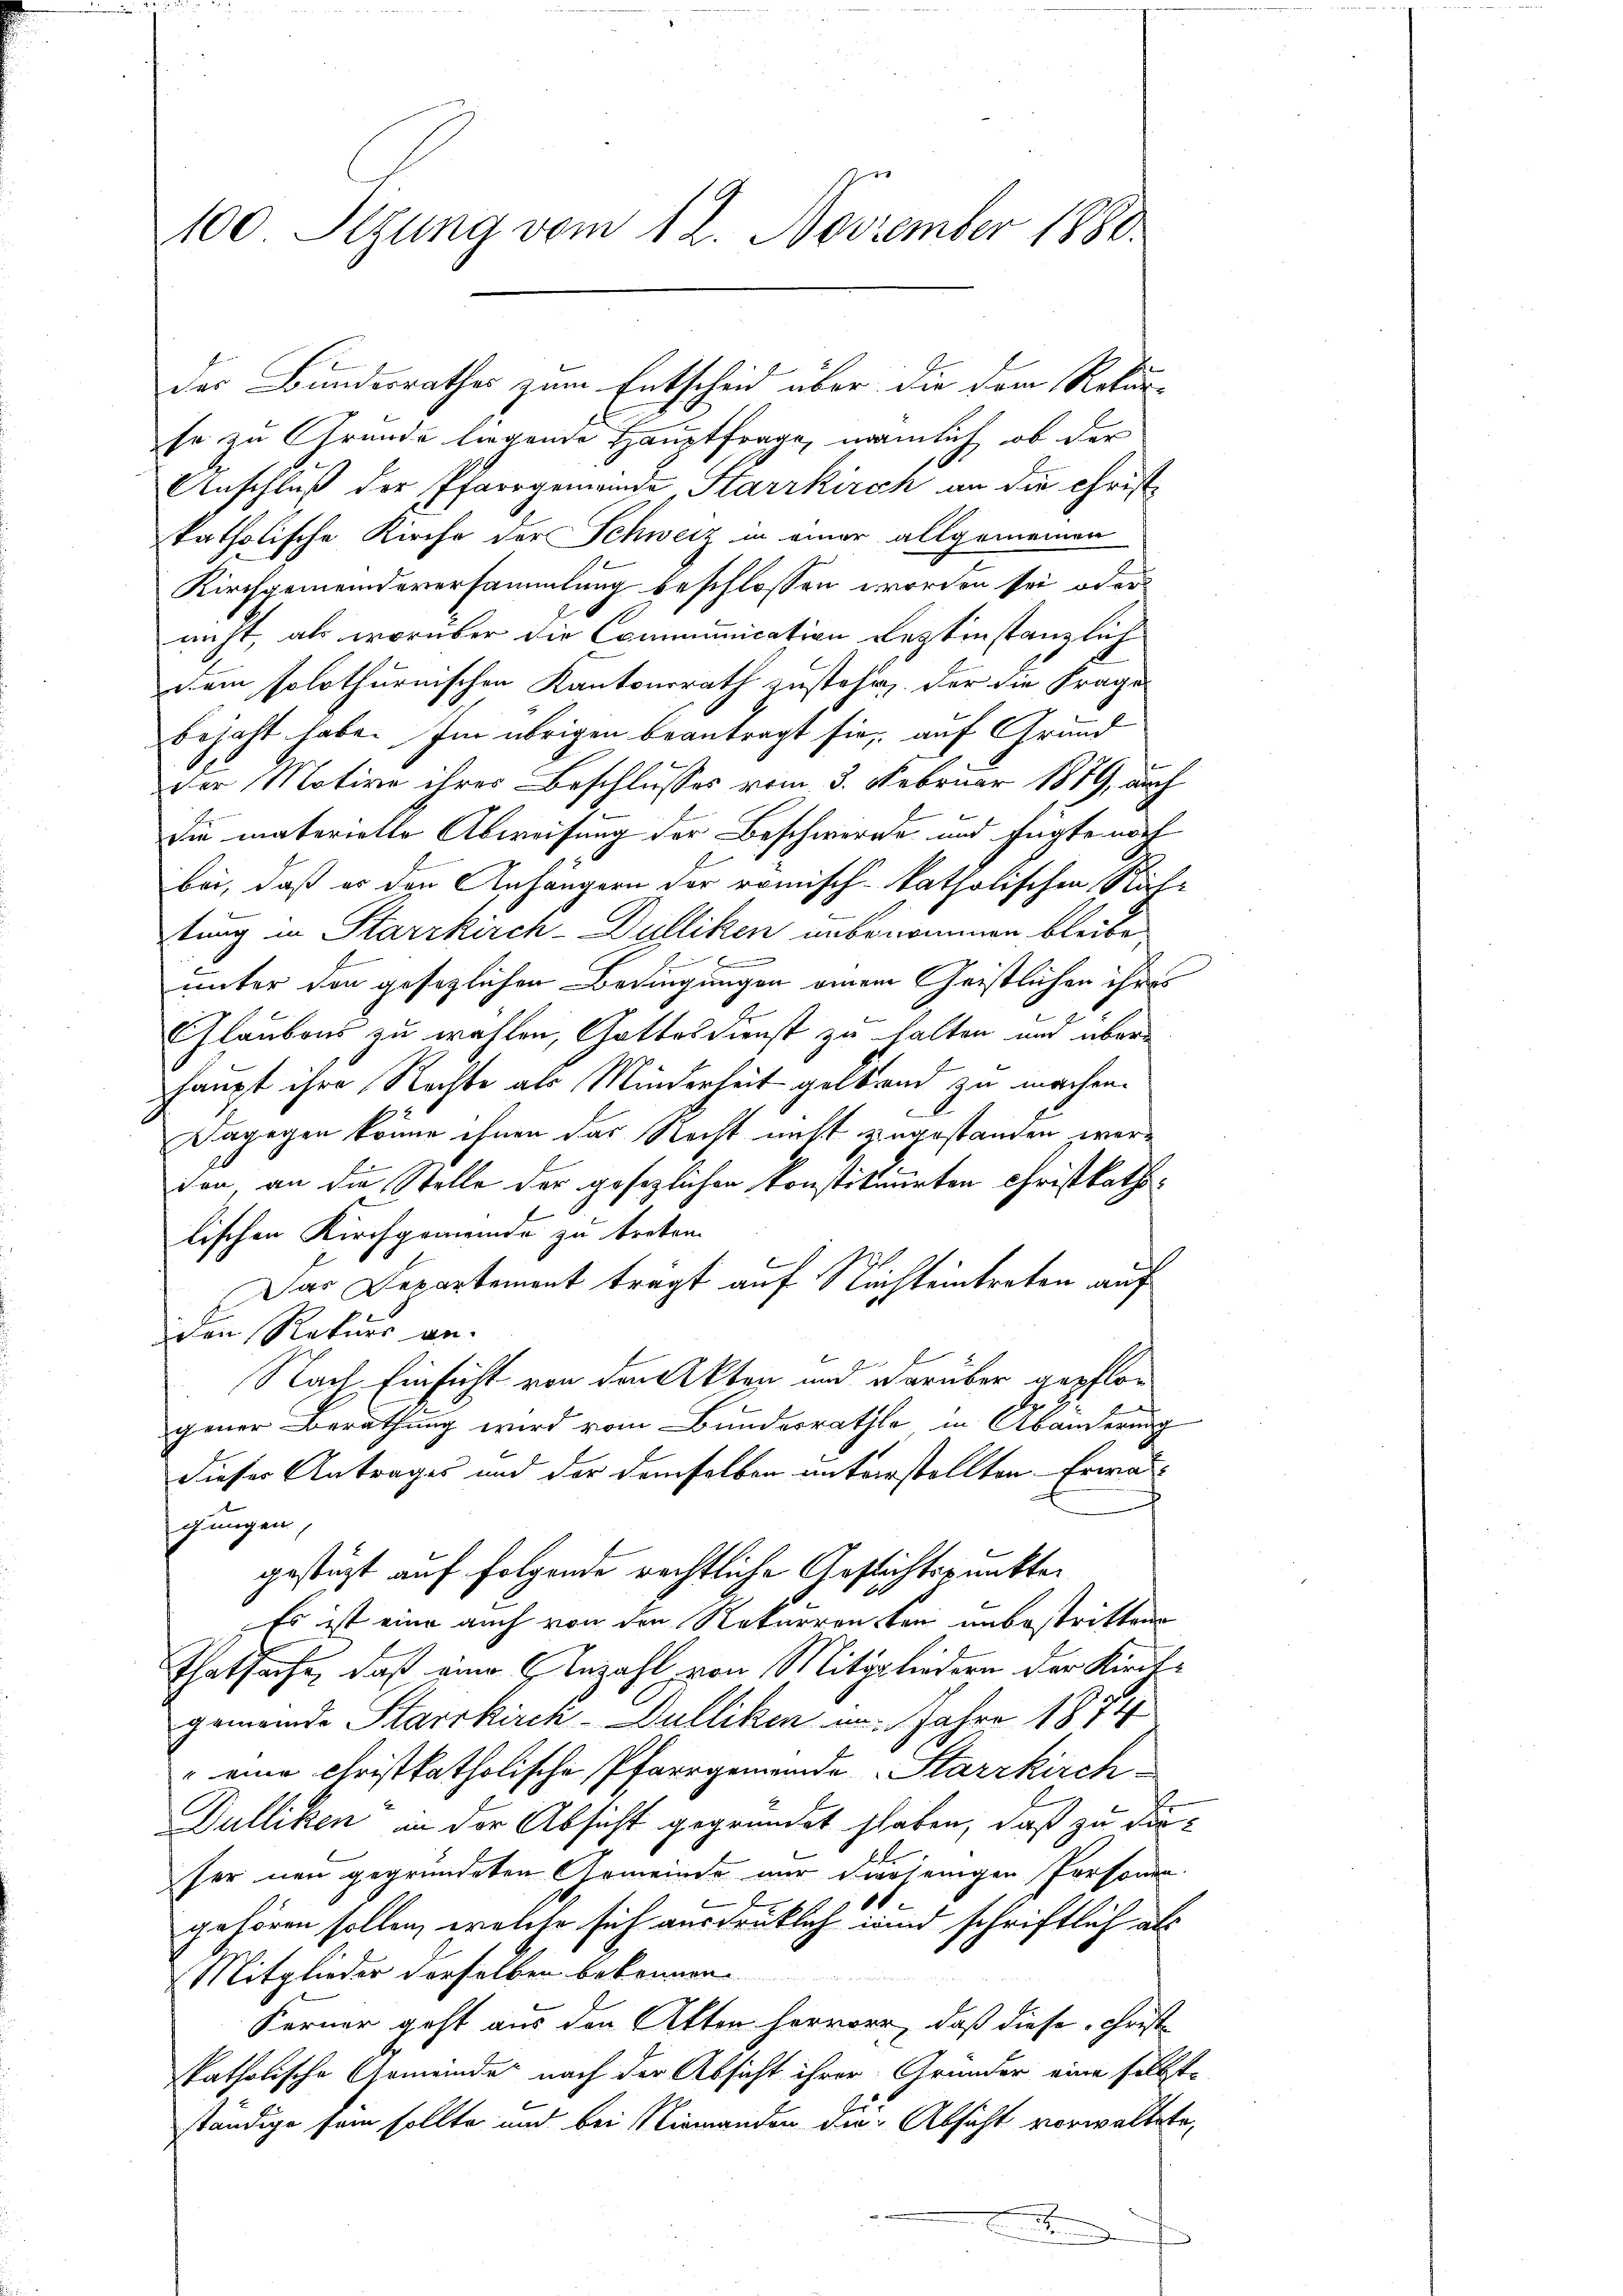
100 Sizung vom 12. November 1880.

se zu Grunde liegende Hauptfrage, nämlich, ob der
Anschluß der Pfarrgemeinde Starrkirch an die Christ
katholische Kirche der Schweiz in einer allgemeinen
Kirchgemeindeversammlung beschlossen worden sei, oder
nicht, als worüber die Communication leztinstanzlich
dem solothurnischen Kantonsrath zustehe, der die Frage
bejaht habe. Im übrigen beantragt sie, auf Grund
der Motive ihres Beschlusses vom 3. Februar 1819, auch
die materielle Abweisung der Beschwerde und fügte noch
bei, daß es den Anhängern der römisch-katholischen Rähtung in Starrkirch-Dulliken unbenommen bleibe
unter den gesezlichen Bedingungen einem Geistlichen ihres
E
Glaubens zu wählen, Gattesdienst zu halten und überhaupt ihre Rechte als Minderheit geltend zu machen.
Dagegen könne ihnen das Recht nicht zingestanden werden an die Stelle der gesezlichen konstituirten Christkatholischen Kirchgemeinde zu treten.
Das Departement trägt auf Richteintreten auf
iden Rekurs an.
Nach Einsicht von den Akten und darüber gepflogener Berathung wird vom Bundesrathe, in Abänderung
dieser Antrages und der demselben unterstellten Erwa
gungen,
gestüzt auf folgende rechtliche Gesichtspunkten
Es ist eine auch von den Rekurrenten unbestritten
Thatsache, daß eine Anzahl von Mitgliedern der Kirchgemeinde Starrkiren-Dulliken im Jahre 1874
" eine Christkatholische Pfarrgemeinde Starrkirch
Dulliken an der Absicht gegründet staben, daß zu diefer neu gegründeten Gemeinde nur derjenigen Personen.
t
gehören sollen, welche sich ausdrüklich und schriftlich als
Mitglieder derselben bekennen.
Kerner geht aus den Alten hervor, daß diese Christ-
katholische Gemeinde nach der Absicht ihrer Grunder eine selbstständige sein sollte und bei Niemanden die Absicht vorwaltete,

der Bundesrathes zum Entscheid über die dem Rekur¬